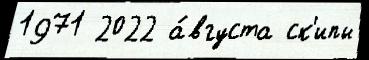
1971 2022 а́вгуста ск'ипы